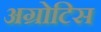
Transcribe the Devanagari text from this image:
अग्रोटिस